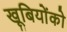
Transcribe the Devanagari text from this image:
खूबियोंको